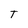
Character: T